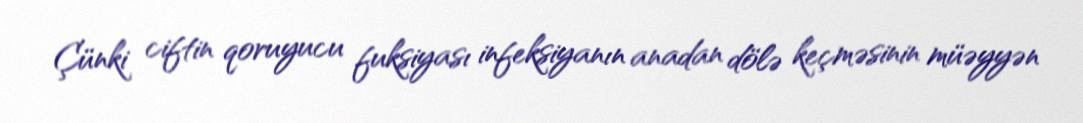
Çünki ciftin qoruyucu fuksiyası infeksiyanın anadan dölə keçməsinin müəyyən